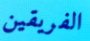
الفريقين